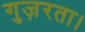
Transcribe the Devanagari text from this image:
गुज़रता।